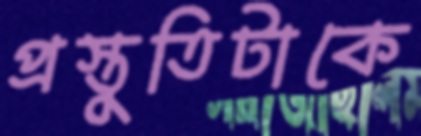
প্রস্তুতিটাকে